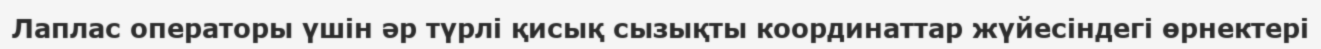
Лаплас операторы үшін әр түрлі қисық сызықты координаттар жүйесіндегі өрнектері